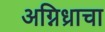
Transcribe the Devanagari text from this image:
अग्निध्राचा